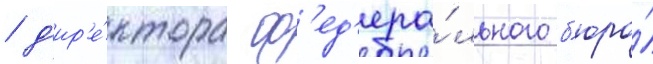
/ д'ир'е́ктора ф'ед'ера́льного б'юро́